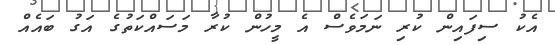
އެކު ސިފައިން ކުރި ނަމަވެސް އެ މީހުން ކުރާ މަސައްކަތުގެ އަގު ބައެއް